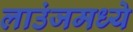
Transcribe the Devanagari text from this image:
लाउंजमध्ये